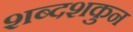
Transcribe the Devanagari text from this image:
शब्दशकुन